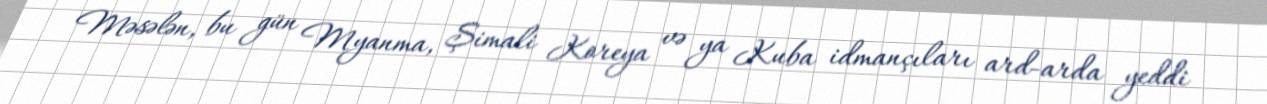
Məsələn, bu gün Myanma, Şimali Koreya və ya Kuba idmançıları ard-arda yeddi